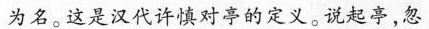
为名。这是汉代许慎对亭的定义。说起亭，忽